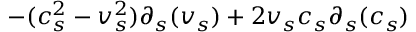
- ( c _ { s } ^ { 2 } - v _ { s } ^ { 2 } ) \partial _ { s } ( v _ { s } ) + 2 v _ { s } c _ { s } \partial _ { s } ( c _ { s } )